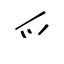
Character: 爫